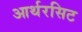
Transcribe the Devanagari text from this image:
आर्थरसिट